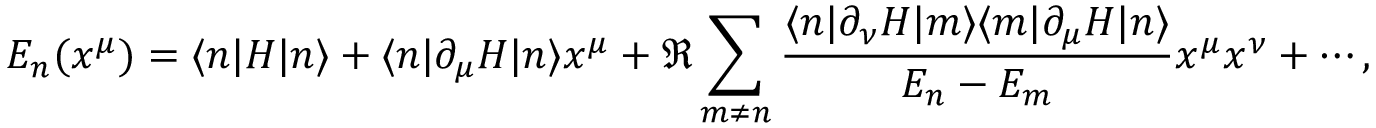
E _ { n } ( x ^ { \mu } ) = \langle n | H | n \rangle + \langle n | \partial _ { \mu } H | n \rangle x ^ { \mu } + \Re \sum _ { m \neq n } { \frac { \langle n | \partial _ { \nu } H | m \rangle \langle m | \partial _ { \mu } H | n \rangle } { E _ { n } - E _ { m } } } x ^ { \mu } x ^ { \nu } + \cdots ,